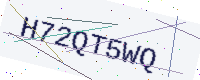
Text: H72QT5WQ